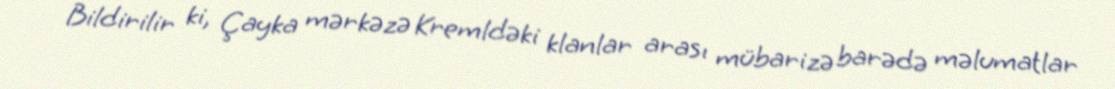
Bildirilir ki, Çayka mərkəzə Kremldəki klanlar arası mübarizə barədə məlumatlar